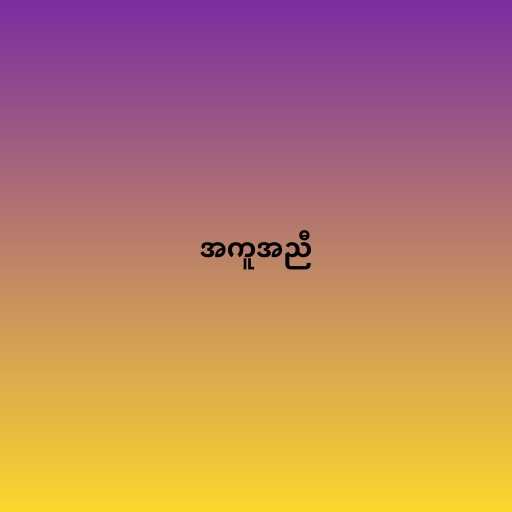
အကူအညီ